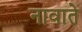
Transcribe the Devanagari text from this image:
नावाते